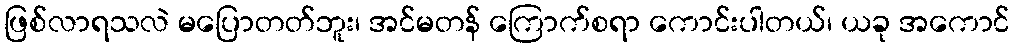
ဖြစ်လာရသလဲ မပြောတတ်ဘူး၊ အင်မတန် ကြောက်စရာ ကောင်းပါတယ်၊ ယခု အကောင်